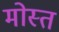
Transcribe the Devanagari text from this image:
मोस्त